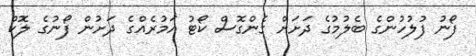
ފޯނު ފުލުހުންގެ ބެލުމުގެ ދަށަަށް ގެންގޮސް ކޯޓު އަމުރެއްގެ ދަށުން ފޯނުގެ ލޮކް